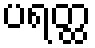
ပရတ္ထ